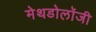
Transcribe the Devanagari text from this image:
मेथडोलॉजी